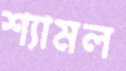
শ্যামল